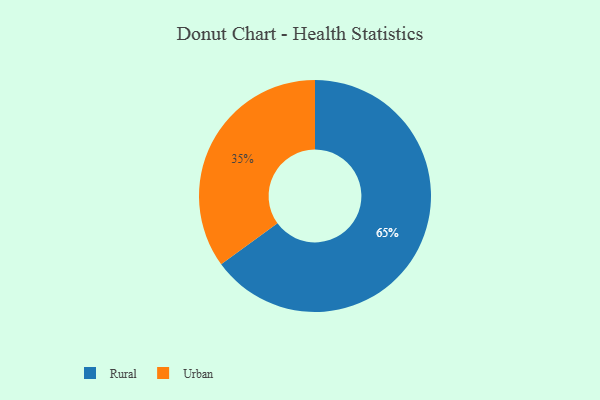
{"axis": {"x": "Category", "y": "Percentage"}, "legend": ["Rural", "Urban"], "data": [{"x": "Rural", "y": 65, "type": "Rural"}, {"x": "Urban", "y": 35, "type": "Urban"}]}